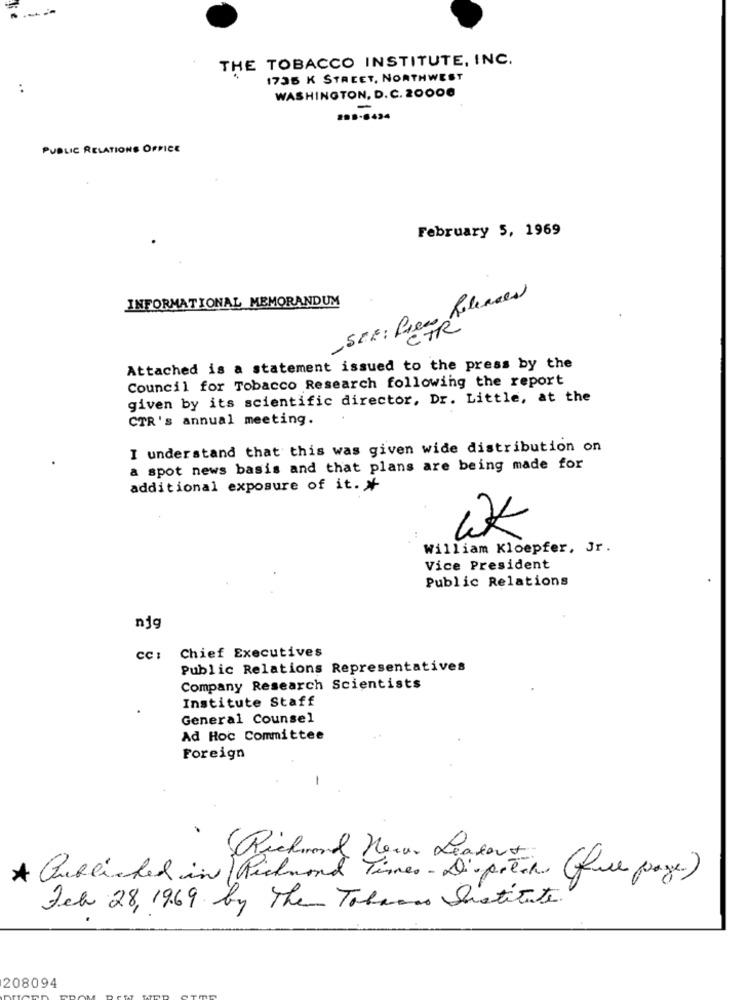
----
THE TOBACCO INSTITUTE, INC.
1735 K STREET, NORTHWEST
:
WASHINGTON, D. C. 20006
-
20 .- 6434
PUBLIC RELATIONS OFFICE
February 5, 1969
INFORMATIONAL MEMORANDUM
Ein telences
SER: RISER
Attached is a statement issued to the press by the
Council for Tobacco Research following the report
given by its scientific director, Dr. Little, at the
CTR's annual meeting.
I understand that this was given wide distribution on
a spot news basis and that plans are being made for
additional exposure of it .*
William Kloepfer, Jr.
Vice President
Public Relations
njg
CC :
Chief Executives
Public Relations Representatives
Company Research Scientists
Institute Staff
General Counsel
Ad Hoc Committee
Foreign
Richmond Herar Leatout
* Published in Richmond Times - Dispatch (fue page)
Feb 28, 1969 by The Tobacco Institute.
208094